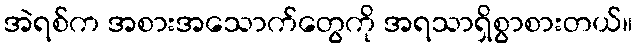
အဲရစ်က အစားအသောက်တွေကို အရသာရှိစွာစားတယ်။